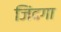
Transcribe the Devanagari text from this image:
जिंदगा